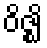
ဝိဇ္ဈိ